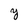
Character: y